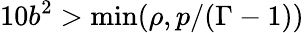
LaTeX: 10b^{2}>\mathrm{min}(\rho,p/(\Gamma-1))